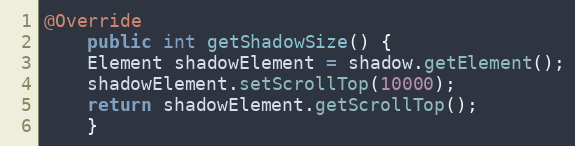
Language: Java
@Override
    public int getShadowSize() {
	Element shadowElement = shadow.getElement();
	shadowElement.setScrollTop(10000);
	return shadowElement.getScrollTop();
    }